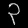
Digit: ၃